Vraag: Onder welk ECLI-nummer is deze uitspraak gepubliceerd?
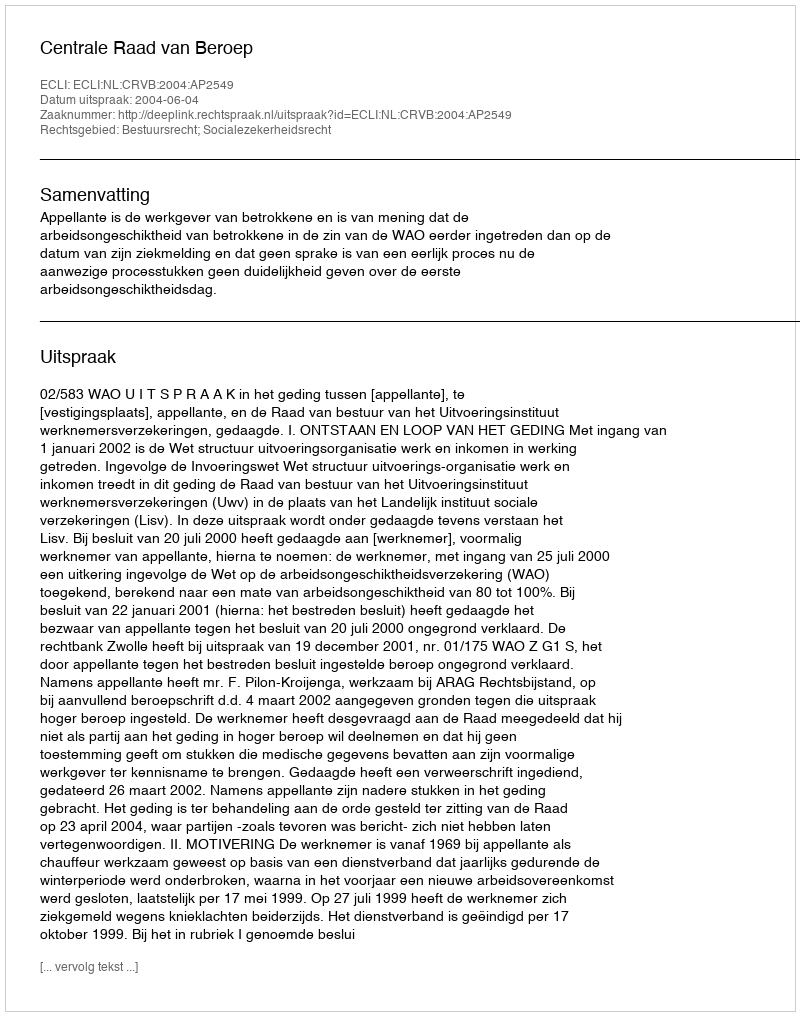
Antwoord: ECLI:NL:CRVB:2004:AP2549